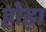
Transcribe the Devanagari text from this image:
होड़ा